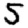
Digit: 5